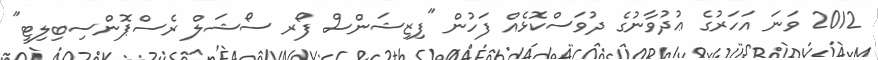
2012 ވަނަ އަހަރުގެ ޢުދުވާނުގެ ދުވަސްކޮޅެއް ފަހުން "ފިޒިޝަންސް ފޯރ ސޯޝަލް ރެސްޕޮންސިބިލިޓީ"